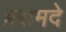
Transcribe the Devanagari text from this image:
ब्ररामदे